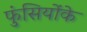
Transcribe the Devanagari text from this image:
फुंसियोंके